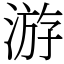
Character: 游